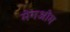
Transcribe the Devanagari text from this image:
मेगओम